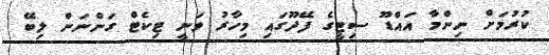
ކުރުމަށް ނިންމާ އައްޑޫ ސިޓީގެ ފޭދޫގައި މިހާރު ވަނީ ޓިކެޓް ގަންނަން ލިބޭ